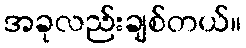
အခုလည်းချစ်တယ်။